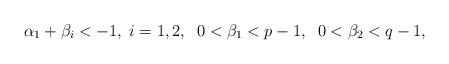
LaTeX: \begin{align*} \alpha_1+\beta_i<-1,\; i=1,2,\;\;0<\beta_1<p-1,\;\;0<\beta_2<q-1,\end{align*}